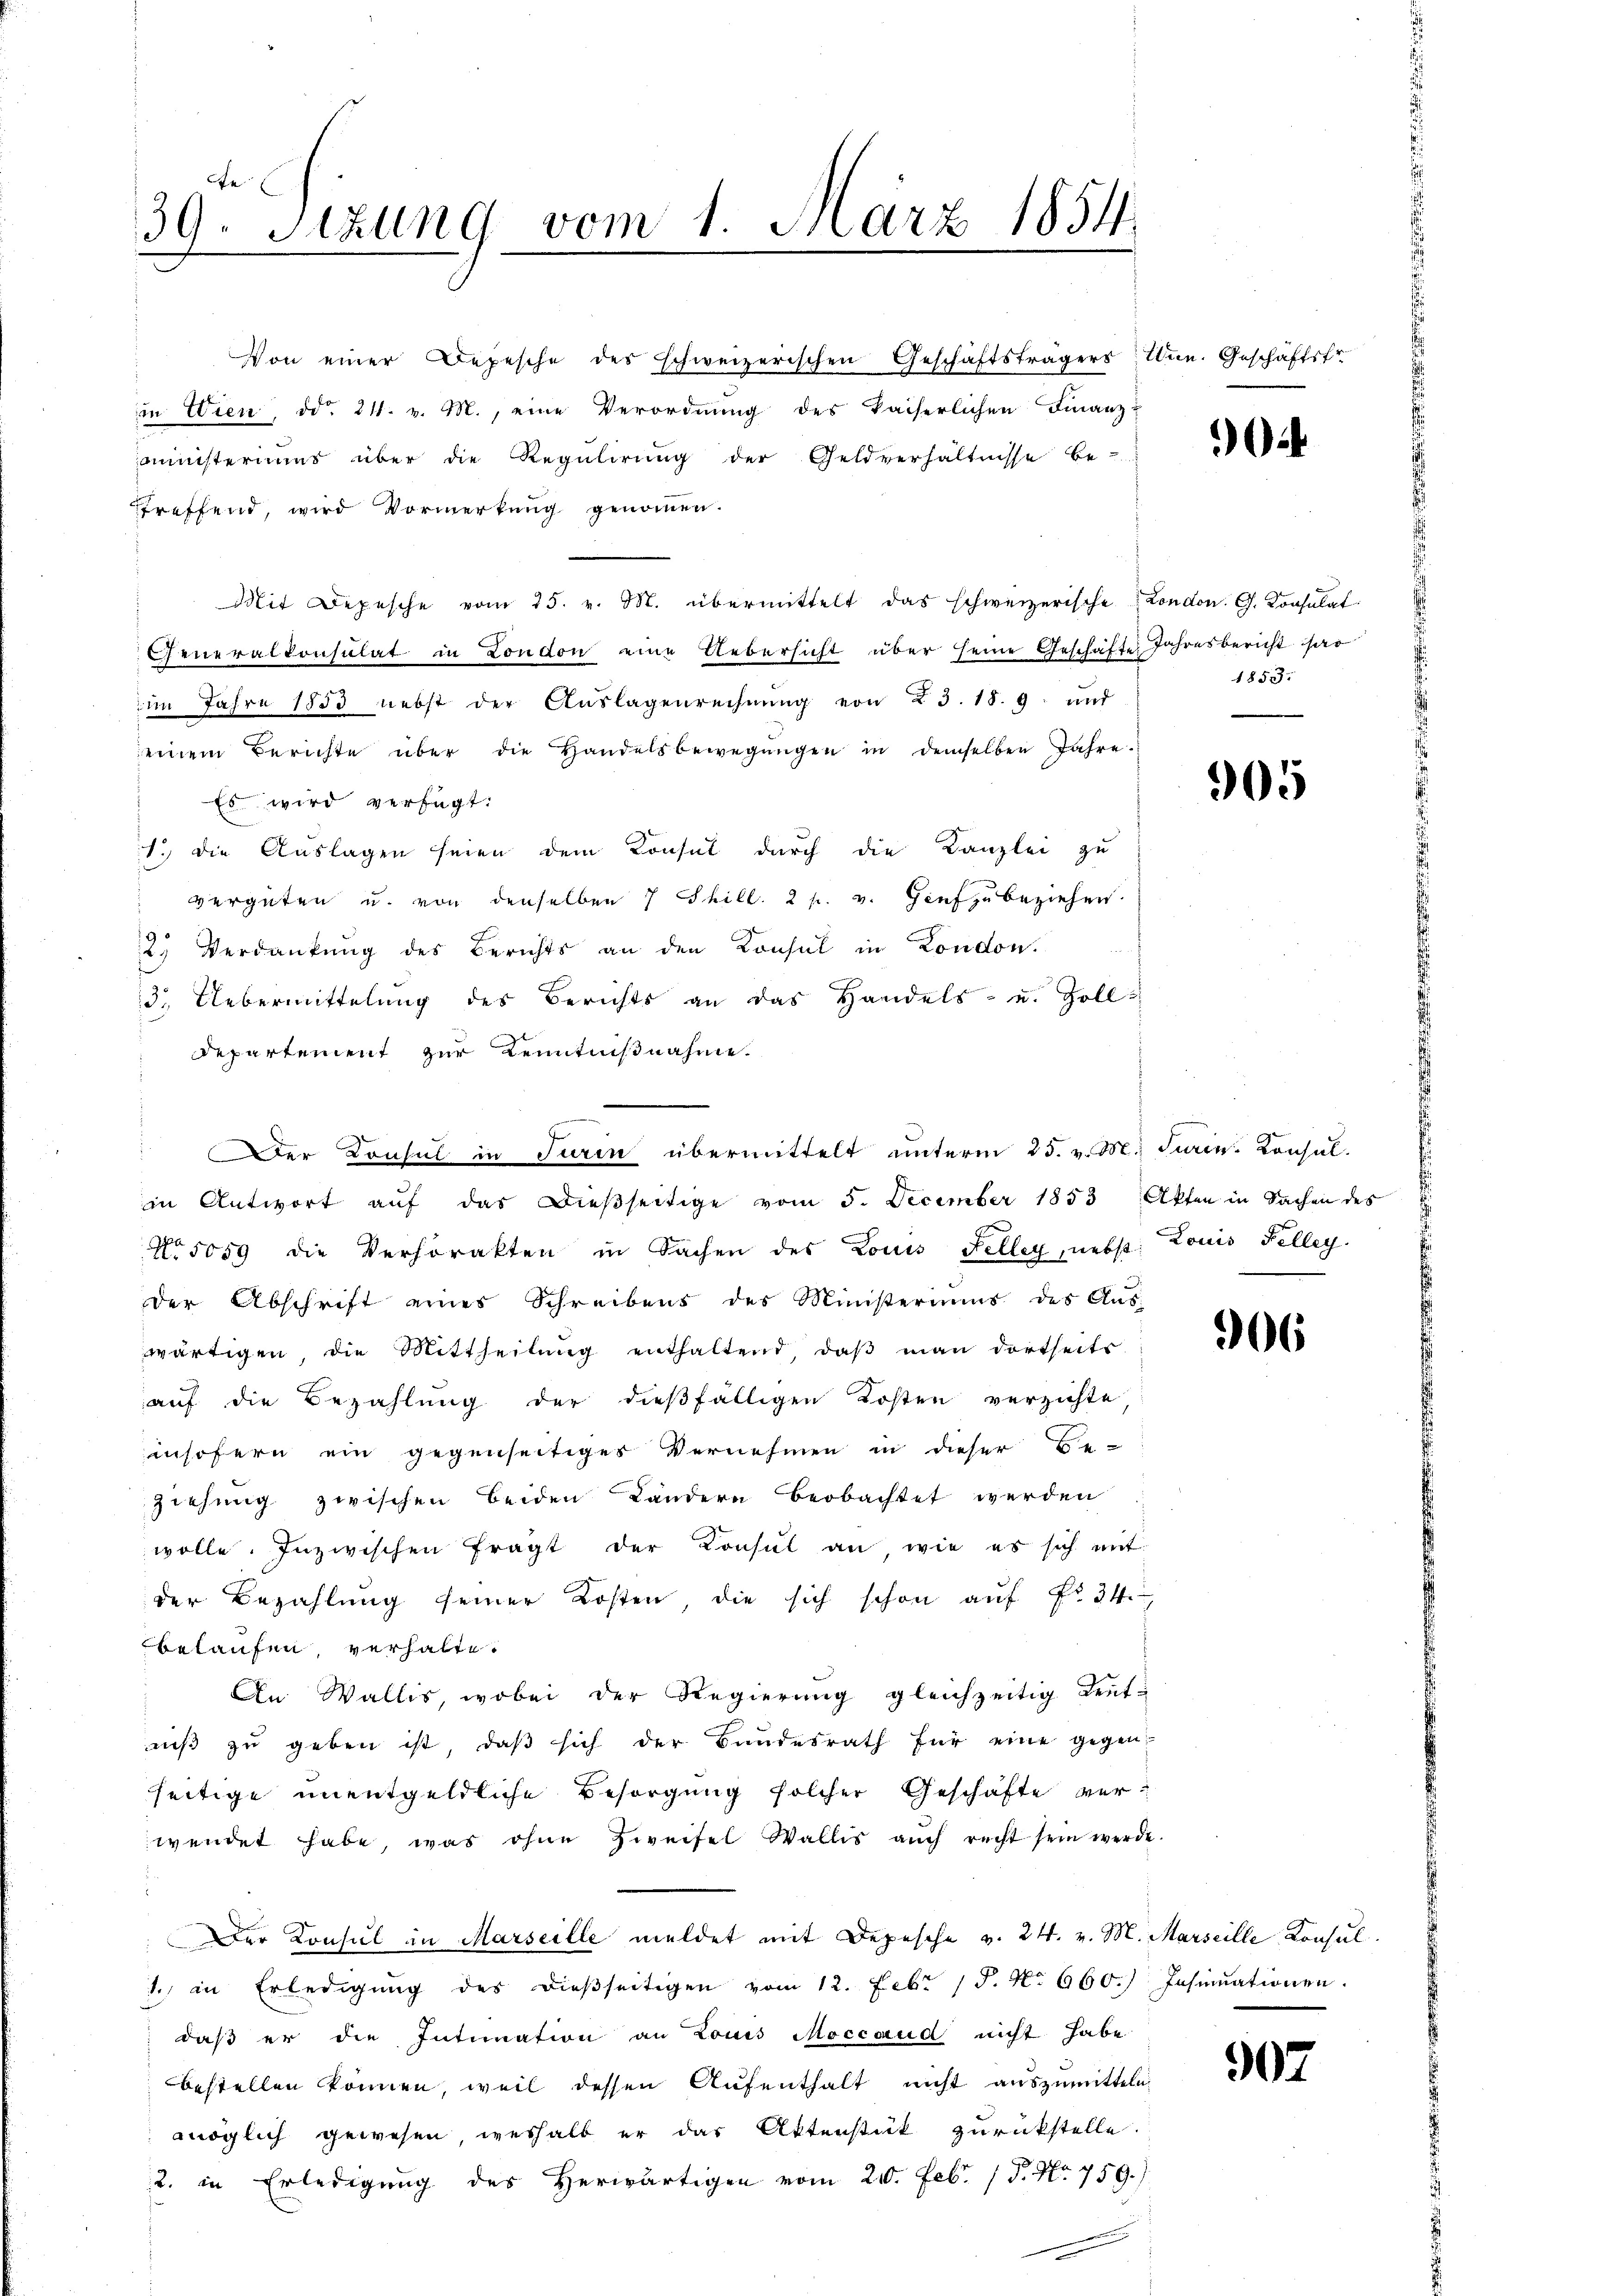
fe
39. Sitzung vom 1. März 1854.

Von einer Depesche des schweizerischen Geschäftsträgers Unn. Geschäftsfr
in Wien, ddo 24. v. M., eine Verordnung des kaiserlichen Finanz-
mministeriums über die Regulirung der Geldverhältnisse be-
treffend, wird Vormerkung genommen.
Mit Depesche vom 25. v. M. übermittelt das schweizerische London. G. Konsulat
Generalkonsulat in London eine Uebersicht über seine Geschäfte Jahresbericht sas
im Jahre 1853 nebst der Aŭslagenrechnŭng von 23. 18. 9. und
einem Berichte über die Handelsbewegŭngen in demselben Jahre.
Es wird verfügt:
1. die Auslagen seien dem Konsul durch die Kanzlei zu
vergüten u. von denselben 7 Thill. 2 p. v. Genf zu beziehen
2) Verdankung des Berichts an den Konsul in London.
13. Uebermittelung des Berichts an das Handels- und Soll
Departement zur Kenntnißnahme.
g
in Antwort auf das dießseitige vom 5. December 1853 Akten in Sachen des
No 5059 die Verhörakten in Sachen des Louis Feller, nebst Louis Felley
der Abschrift eines Schreibens des Ministeriums des Aus-
wärtigen, die Mittheilŭng enthaltend, daβ man dortseits
auf die Bezahlung der dießfälligen Kosten verzichte
insofern ein gegenseitiges Vernehmen in dieser Be-
ziehung zwischen Beiden Ländern beobachtet werden.
wolle. Inzwischen fragt der Konsul an, wie es sich mit
der Bezahlung seiner Kosten, die sich schon auf No 34.
belaufen, verhalte.
An Wallis, wobei der Regierŭng gleichzeitig Lent-
niβ zŭ geben ist, daβ sich der Bundesrath für eine gegen-
seitige unentgeldliche Besorgung solcher Geschäfte verwendet habe, was ohne Zweifel Wallis aŭch recht sein werde.
Der Konsul in Marseille meldet mit Depesche v. 24. v. M. Marseille Konsul
1. in Erledigŭng des dieβseitigen vom 12. Febr 17. No 660.) Insinuationen.
daß er die Intimation an Lois Moccaud nicht habe
bestellen können, weil dessen Aufenthalt nicht auszumitteln,
möglich gewesen weshalb er das Aktenstück zurückstelle.
2. in Erledigung des Herwärtigen vom 21. Febr. 15. No. 759.)
.

Der Consul in Turin übermittelt unterm 25. v. M. Sein Consul

i

1853.

905

96

907